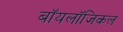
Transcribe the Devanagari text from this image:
बॉयलॉजिकल